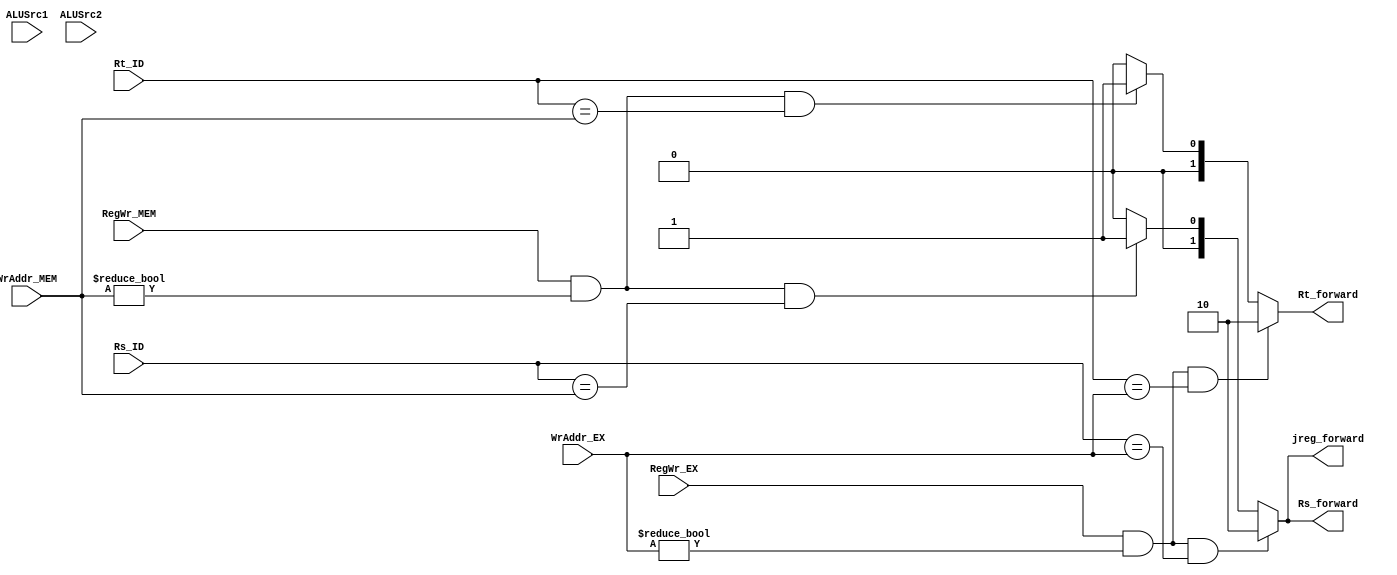
`timescale 1ns / 1ps
module Forward(RegWr_EX,RegWr_MEM,WrAddr_EX,WrAddr_MEM,ALUSrc1,ALUSrc2,Rs_ID,Rt_ID,Rs_forward,Rt_forward,jreg_forward);
input RegWr_EX,RegWr_MEM;
input ALUSrc1,ALUSrc2;
input [4:0]WrAddr_EX,WrAddr_MEM,Rs_ID,Rt_ID;
output [1:0]Rs_forward,Rt_forward,jreg_forward;

//assign Rs_forward=
//	(RegWr_EX && WrAddr_EX!=5'd0 && !ALUSrc1 && Rs_ID==WrAddr_EX)?2'b10:
//	(RegWr_MEM && WrAddr_MEM!=5'd0 && !ALUSrc1 && Rs_ID==WrAddr_MEM)?2'b01:2'b00;

//assign Rt_forward=
//	(RegWr_EX && WrAddr_EX!=5'd0 && !ALUSrc2 && Rt_ID==WrAddr_EX)?2'b10:
//	(RegWr_MEM && WrAddr_MEM!=5'd0 && !ALUSrc2 && Rt_ID==WrAddr_MEM)?2'b01:2'b00;

assign Rs_forward=
	(RegWr_EX && WrAddr_EX!=5'd0 && Rs_ID==WrAddr_EX)?2'b10:
	(RegWr_MEM && WrAddr_MEM!=5'd0 && Rs_ID==WrAddr_MEM)?2'b01:2'b00;

assign Rt_forward=
	(RegWr_EX && WrAddr_EX!=5'd0 && Rt_ID==WrAddr_EX)?2'b10:
	(RegWr_MEM && WrAddr_MEM!=5'd0 && Rt_ID==WrAddr_MEM)?2'b01:2'b00;

assign jreg_forward=
	(RegWr_EX && WrAddr_EX!=5'd0 && Rs_ID==WrAddr_EX)?2'b10:
	(RegWr_MEM && WrAddr_MEM!=5'd0 && Rs_ID==WrAddr_MEM)?2'b01:2'b00;

endmodule